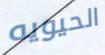
الحيويه